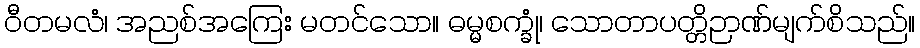
ဝီတမလံ၊ အညစ်အကြေး မတင်သော။ ဓမ္မစက္ခုံ၊ သောတာပတ္တိဉာဏ်မျက်စိသည်။